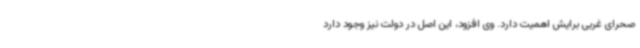
صحرای غربی برایش اهمیت دارد. وی افزود، این اصل در دولت نیز وجود دارد